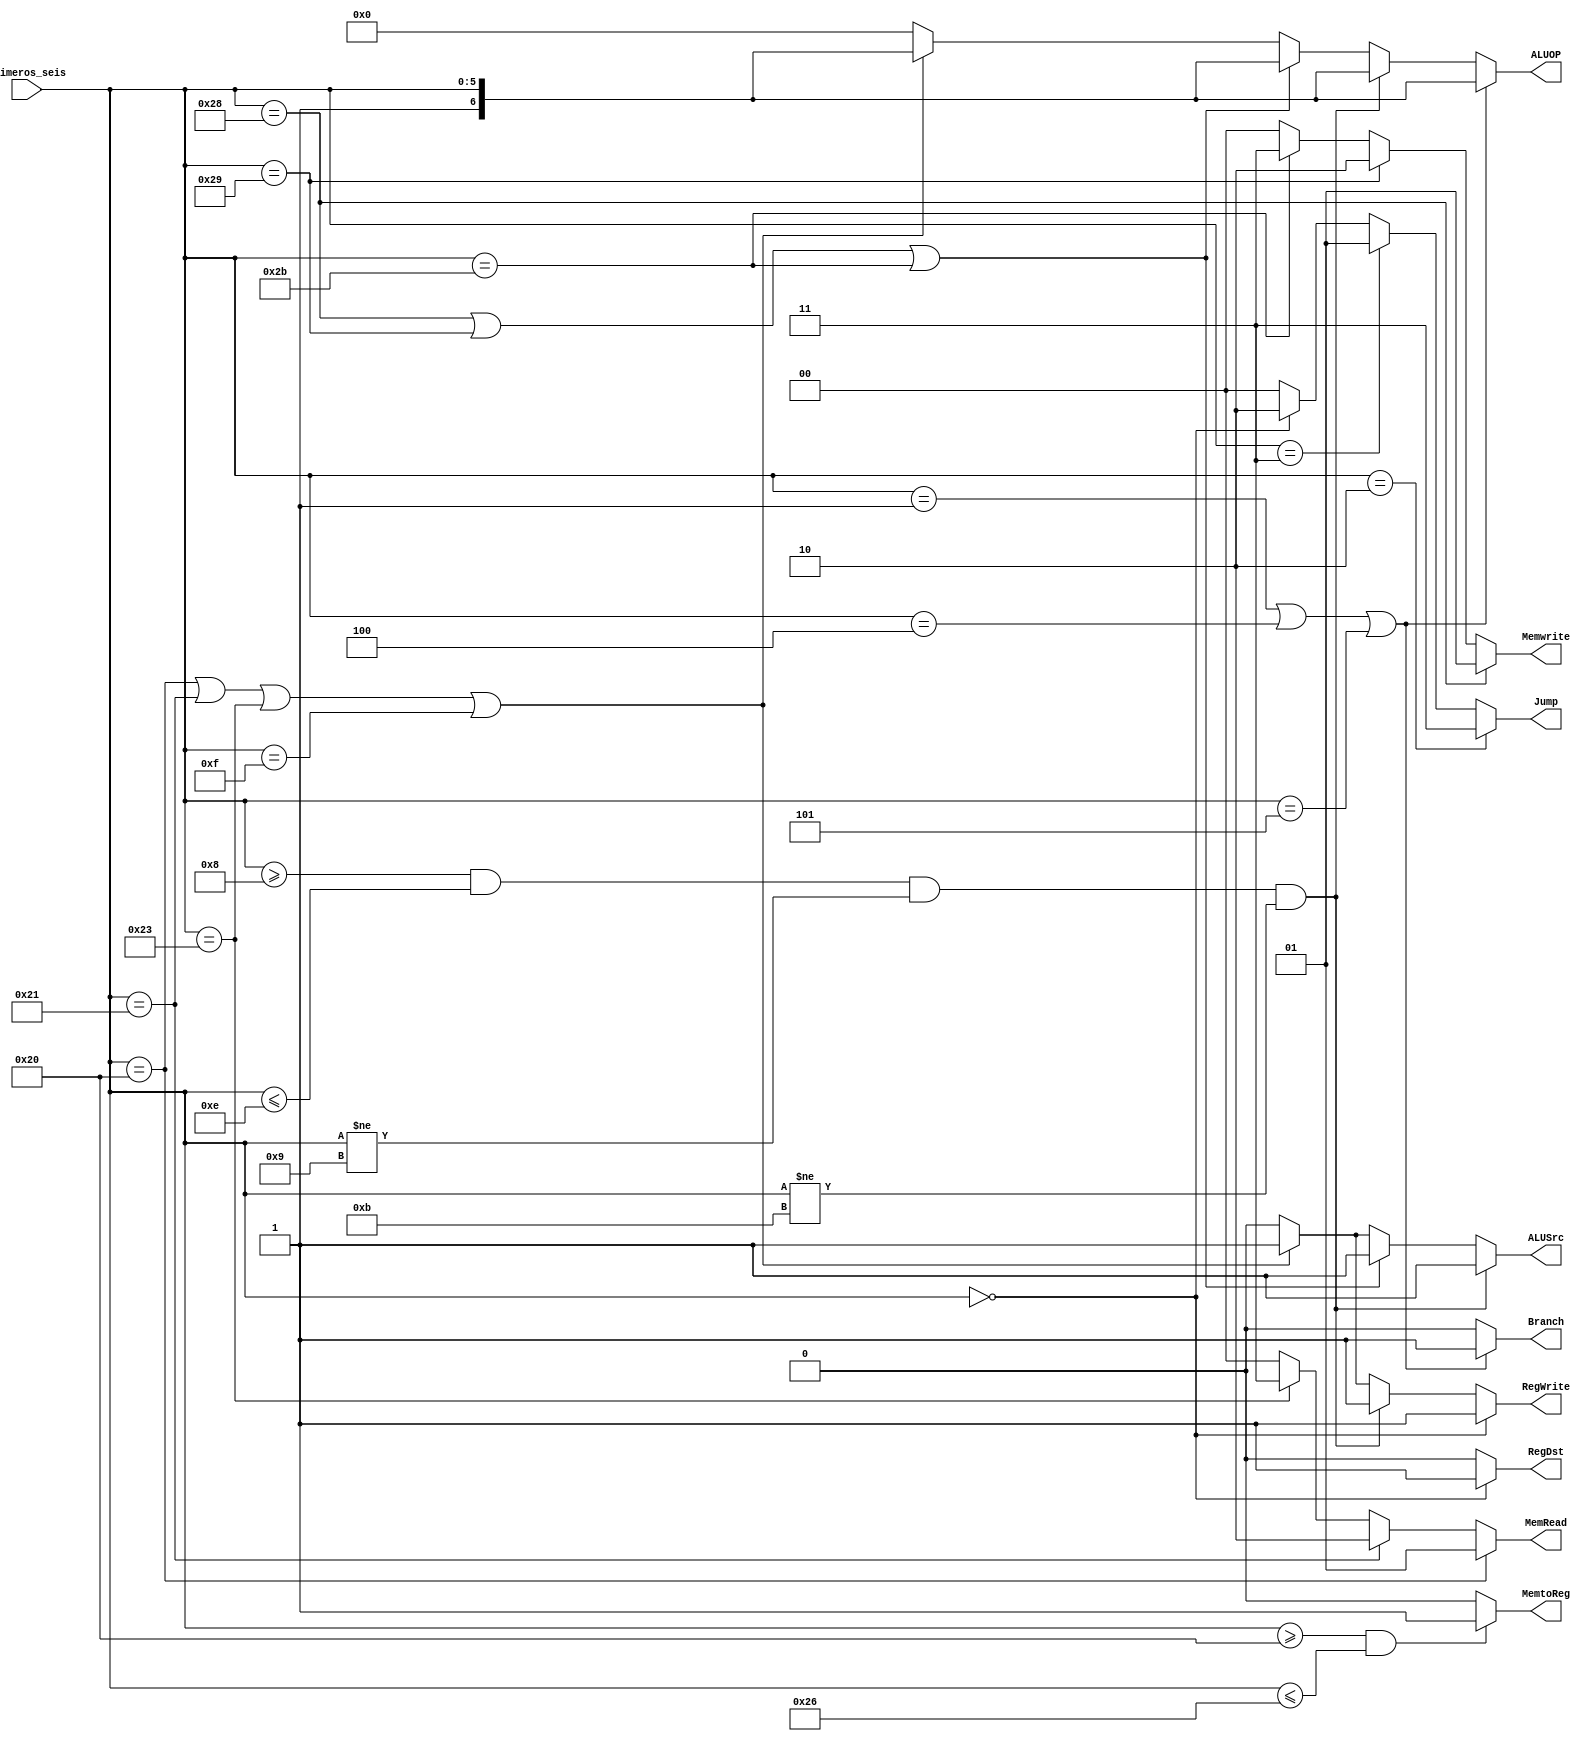
module ControlUNIT(input [5:0] primeros_seis,output RegDst,Branch,MemtoReg,ALUSrc,RegWrite,output wire[6:0] ALUOP,output[1:0] Memwrite,MemRead,Jump);


assign RegWrite= (primeros_seis==0)?1: //Instrucciones tipo R
		 ((primeros_seis>=8)&(primeros_seis<=14)&(primeros_seis!=9)&(primeros_seis!=11))?1: //Inmediatos
		(primeros_seis==32|primeros_seis==33|primeros_seis==35|primeros_seis==15)?1:0; //load word

assign RegDst= (primeros_seis==0)?1:0;//Instrucciones tipo R

assign ALUOP= ((primeros_seis==1)|(primeros_seis==4)|(primeros_seis==5))?{1'b1,primeros_seis}: //Branches 
	       ((primeros_seis>=8)&(primeros_seis<=14)&(primeros_seis!=9)&(primeros_seis!=11))?{1'b1,primeros_seis}: //Inmediatos
		(primeros_seis==40|primeros_seis==41|primeros_seis==43)?{1'b1,primeros_seis}: //store word
		(primeros_seis==32|primeros_seis==33|primeros_seis==35|primeros_seis==15)?{1'b1,primeros_seis}: //load word
		(primeros_seis==0)?7'b0000000:0; //Instrucciones tipo R

assign ALUSrc= ((primeros_seis>=8)&(primeros_seis<=14)&(primeros_seis!=9)&(primeros_seis!=11))?1:
		(primeros_seis==40|primeros_seis==41|primeros_seis==43)?1: //store
		(primeros_seis==32|primeros_seis==33|primeros_seis==35|primeros_seis==15)?1:0; //load//Inmediatos

assign Branch= ((primeros_seis==1)|(primeros_seis==4)|(primeros_seis==5))?1:0; //Branches

assign Jump=(primeros_seis==2)?(2'b11):(primeros_seis==3)?(2'b01):(primeros_seis==0)?(2'b10):0; //Jump

assign MemRead=(primeros_seis==32)?(2'b01):(primeros_seis==33)?(2'b10):(primeros_seis==35)?(2'b11):0; //Load

assign Memwrite=(primeros_seis==40)?(2'b01):(primeros_seis==41)?(2'b10):(primeros_seis==43)?(2'b11):0; //Store

assign MemtoReg=(primeros_seis>=32 & primeros_seis<=38)?1:0; //Load word
always@(*)begin
	$display("los primeros seis son %d",primeros_seis);
end


endmodule